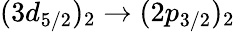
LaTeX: (3d_{5/2})_{2}\rightarrow(2p_{3/2})_{2}